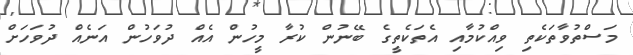
މަސްތުވާތަކެތި ވިއްކުމާއި އެތަކެތީގެ ބޭނުން ކުރާ މީހުން އެއް ދުވަހުން އަނެއް ދުވަހަށް